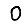
Digit: 0